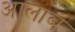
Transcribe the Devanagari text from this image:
आलाब